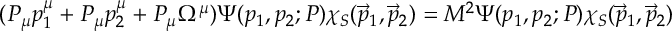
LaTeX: ( P _ { \mu } p _ { 1 } ^ { \mu } + P _ { \mu } p _ { 2 } ^ { \mu } + P _ { \mu } \Omega ^ { \mu } ) \Psi ( p _ { 1 } , p _ { 2 } ; P ) \chi _ { S } ( \vec { p } _ { 1 } , \vec { p } _ { 2 } ) = M ^ { 2 } \Psi ( p _ { 1 } , p _ { 2 } ; P ) \chi _ { S } ( \vec { p } _ { 1 } , \vec { p } _ { 2 } )